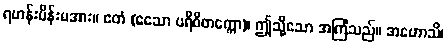
ရဟန်းမိန်းမအား။ ဧတံ (ဧသော ပရိဝိတက္ကော)၊ ဤသို့သော အကြံသည်။ အဟောသိ၊